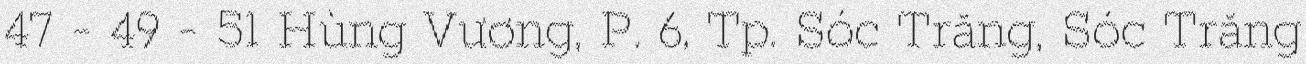
47 - 49 - 51 Hùng Vương, P. 6, Tp. Sóc Trăng, Sóc Trăng